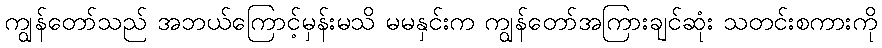
ကျွန်တော်သည် အဘယ်ကြောင့်မှန်းမသိ မမနှင်းက ကျွန်တော်အကြားချင်ဆုံး သတင်းစကားကို